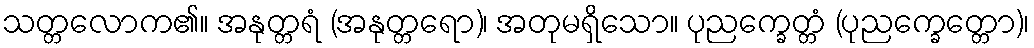
သတ္တလောက၏။ အနုတ္တရံ (အနုတ္တရော)၊ အတုမရှိသော။ ပုညက္ခေတ္တံ (ပုညက္ခေတ္တော)၊